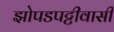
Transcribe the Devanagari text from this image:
झोपडपट्टीवासी